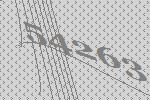
54263